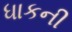
ધાકની